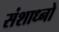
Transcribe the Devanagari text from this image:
संशाध्नो